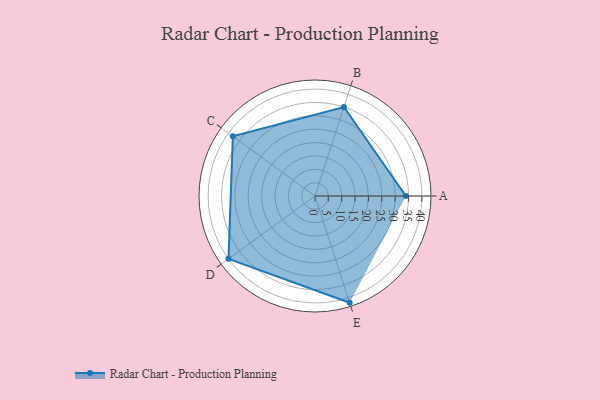
{"axis": {"x": "Skill", "y": "Score"}, "legend": ["Profile"], "data": [{"x": "A", "y": 34.0, "type": "Profile"}, {"x": "B", "y": 35.0, "type": "Profile"}, {"x": "C", "y": 38.0, "type": "Profile"}, {"x": "D", "y": 40.0, "type": "Profile"}, {"x": "E", "y": 42.0, "type": "Profile"}]}